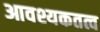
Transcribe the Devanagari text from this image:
आवश्यकतत्व